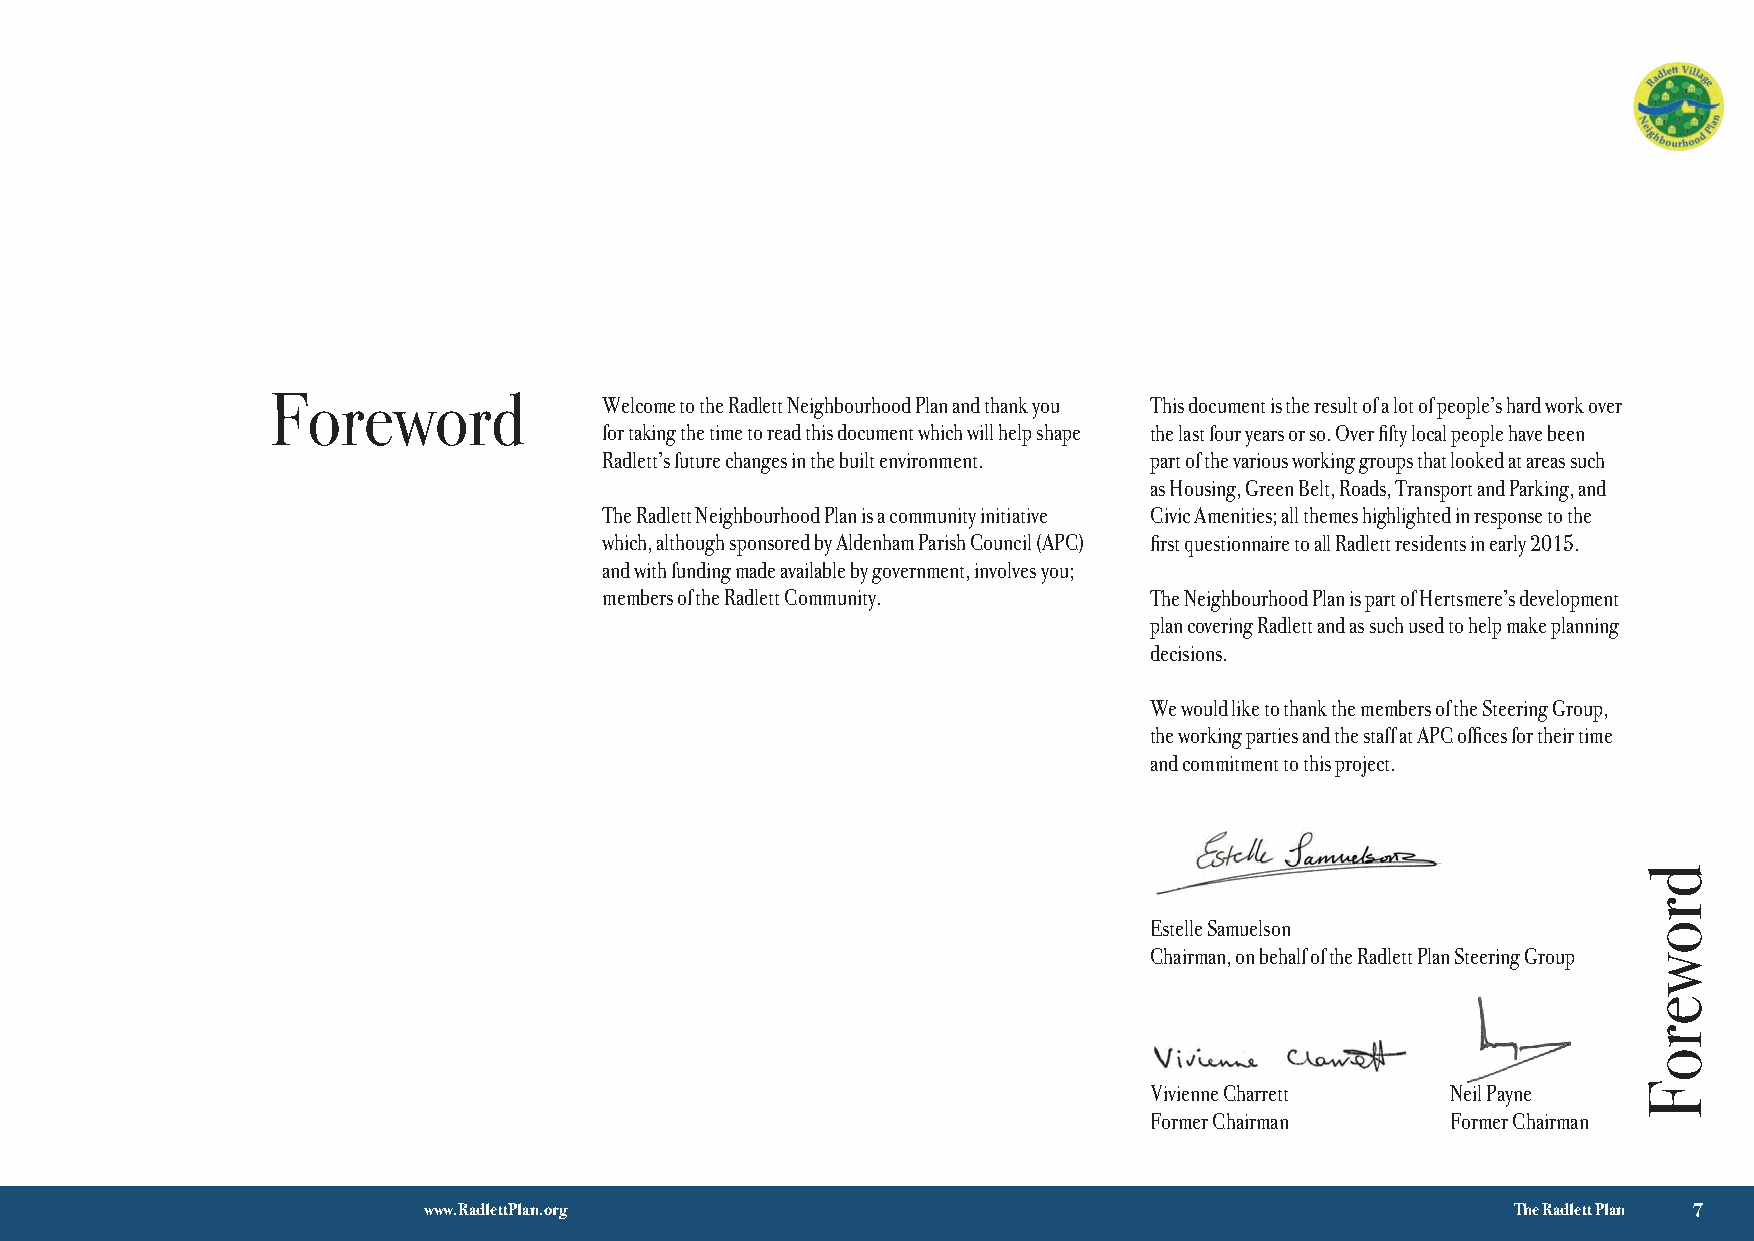
Foreword              Welcome to the Radlett Neighbourhood Plan and thank you This document is the result of a lot of people’s hard work over
 for taking the time to read this document which will help shape the last four years or so. Over fifty local people have been
 Radlett’s future changes in the built environment. part of the various working groups that looked at areas such
 as Housing, Green Belt, Roads, Transport and Parking, and
 The Radlett Neighbourhood Plan is a community initiative Civic Amenities; all themes highlighted in response to the
 which, although sponsored by Aldenham Parish Council (APC) first questionnaire to all Radlett residents in early 2015.
 and with funding made available by government, involves you;
 members of the Radlett Community.   The Neighbourhood Plan is part of Hertsmere’s development
 plan covering Radlett and as such used to help make planning
 decisions.
 We would like to thank the members of the Steering Group,
 the working parties and the staff at APC offices for their time
 and commitment to this project.
 Estelle Samuelson
 Chairman, on behalf of the Radlett Plan Steering Group
 Vivienne Charrett   Neil Payne
 Former Chairman     Former Chairman
 √ 3
 www.RadlettPlan.org                                                     The Radlett Plan 7
 droweroF